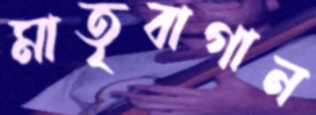
মাতৃবাগান